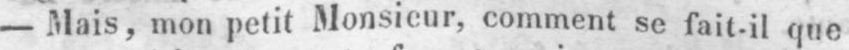
- Mais, mon petit Monsieur, comment se fait-il que